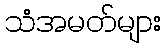
သံအမတ်များ